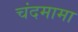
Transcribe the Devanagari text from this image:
चंदमामा